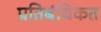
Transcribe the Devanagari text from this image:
प्रतिबंधिकत